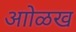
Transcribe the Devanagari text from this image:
आोळख